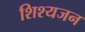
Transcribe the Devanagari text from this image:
शिश्यजन